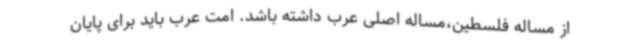
از مساله فلسطین،مساله اصلی عرب داشته باشد. امت عرب باید برای پایان